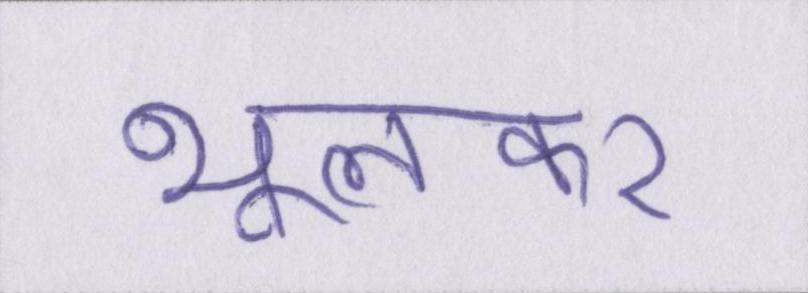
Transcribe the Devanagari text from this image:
भूलकर